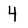
Character: 4